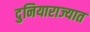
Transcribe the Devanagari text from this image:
दुनियाराज्यात